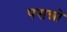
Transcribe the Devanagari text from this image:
पसन्नो